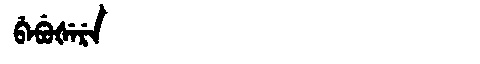
Manchu: ᠪᡝᠪᡠᡧᡝᡵᡝ
Romanization: BEBUŠERE